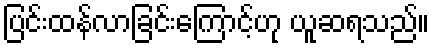
ပြင်းထန်လာခြင်းကြောင့်ဟု ယူဆရသည်။